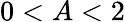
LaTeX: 0<A<2